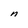
Character: n